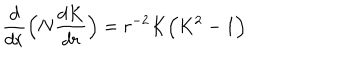
\frac { d } { d r } \Bigl ( N \frac { d K } { d r } \Bigr ) = r ^ { - 2 } K \Bigl ( K ^ { 2 } - 1 \Bigr )